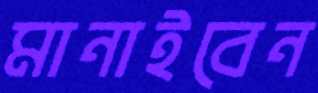
মানাইবেন